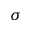
\sigma